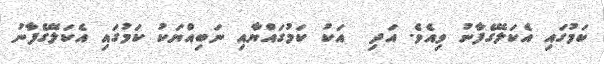
ކަމުގައި އެކަލޭގެފާނު ވިއެވެ. އަދި  އަކު ކަމުގައްޔާއި ނަބިއްޔަކު ކަމުގައި އެކަލޭގެފާނު